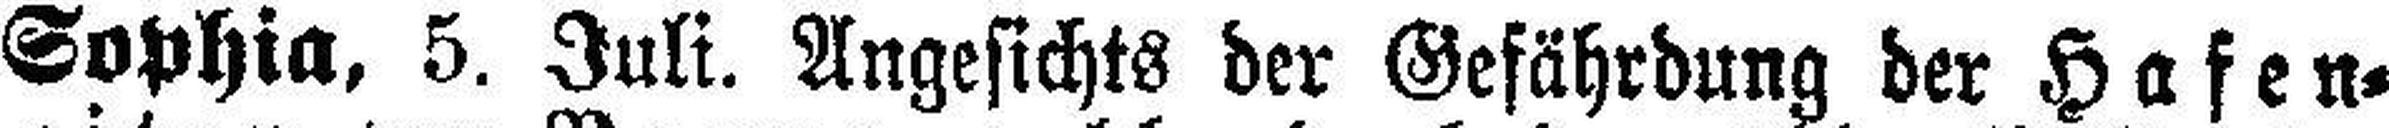
Sophia, 5. Juli. Angesichts der Gefährdung der Hafen=